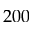
2 0 0